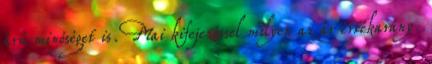
árú minőséget is. Mai kifejezéssel milyen az ár értékarány.